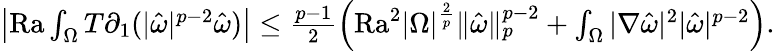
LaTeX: \begin{array}{r}{\left|\mathrm{{Ra}}\int_{\Omega}T\partial_{1}(|\hat{\omega}|^{p-2}\hat{\omega})\right|\leq\frac{p-1}{2}\left({\mathrm{Ra}}^{2}|\Omega|^{\frac{2}{p}}\| \hat{\omega}\| _{p}^{p-2}+\int_{\Omega}|\nabla\hat{\omega}|^{2}|\hat{\omega}|^{p-2}\right).}\end{array}